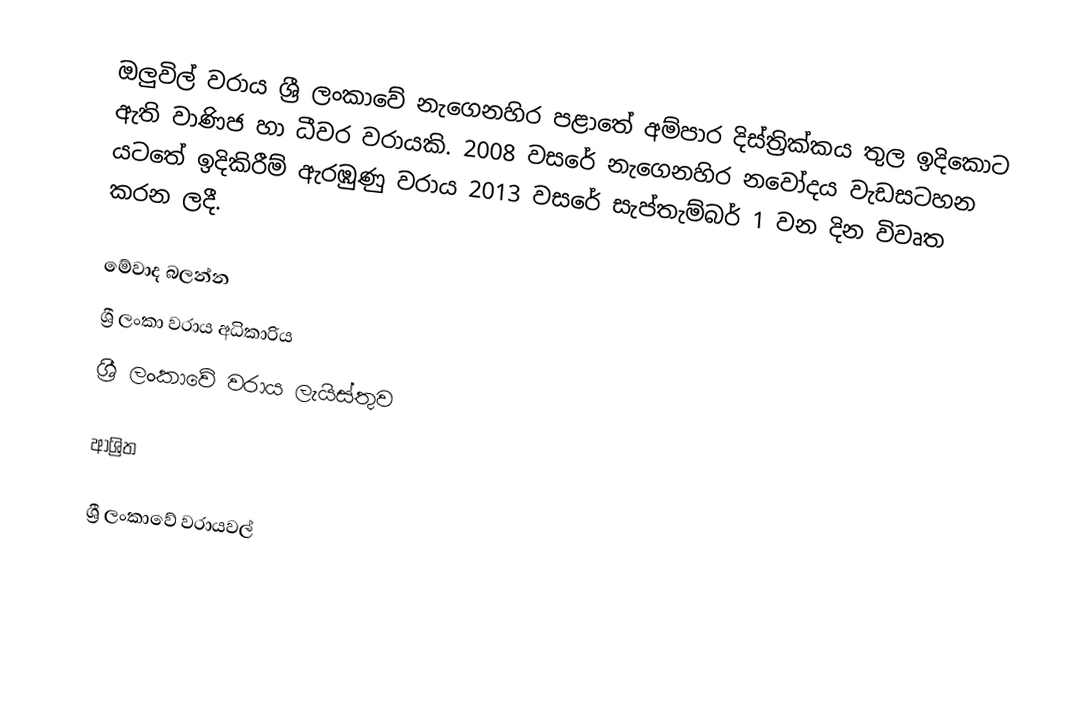
ඔලුවිල් වරාය ශ්‍රී ලංකාවේ නැගෙනහිර පළාතේ අම්පාර දිස්ත්‍රික්කය තුල ඉදිකොට ඇති වාණිජ හා ධීවර වරායකි. 2008 වසරේ නැගෙනහිර නවෝදය වැඩසටහන යටතේ ඉදිකිරීම් ඇරඹුණු වරාය 2013 වසරේ සැප්තැම්බර් 1 වන දින විවෘත කරන ලදී.

මේවාද බලන්න
 ශ්‍රී ලංකා වරාය අධිකාරිය
 ශ්‍රී ලංකාවේ වරාය ලැයිස්තුව

ආශ්‍රිත

ශ්‍රී ලංකාවේ වරායවල්